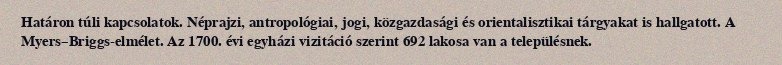
Határon túli kapcsolatok. Néprajzi, antropológiai, jogi, közgazdasági és orientalisztikai tárgyakat is hallgatott. A Myers–Briggs-elmélet. Az 1700. évi egyházi vizitáció szerint 692 lakosa van a településnek.